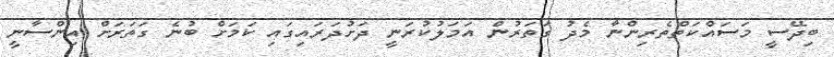
ބިދޭސީ މަސައްކަތްތެރިންނާ މެދު ގަތަރުން އަމަލުކުރަނީ ދަށުދަރައިގައި ކަމަށް ބުނެ ގަތަރަށް އިންސާނީ